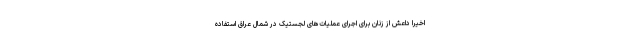
اخیراً داعش از زنان برای اجرای عملیات‌های لجستیک در شمال عراق استفاده